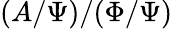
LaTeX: (A/\Psi)/(\Phi/\Psi)